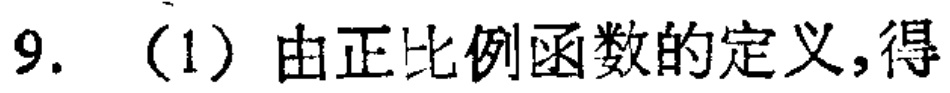
9. （1）由正比例函数的定义，得